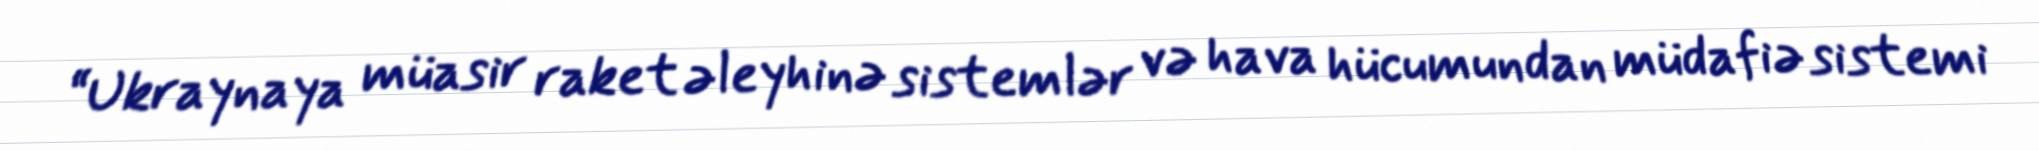
“Ukraynaya müasir raket əleyhinə sistemlər və hava hücumundan müdafiə sistemi